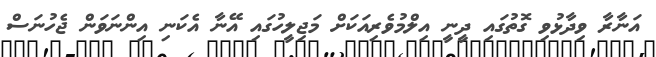
އަނާރާ ވިދާޅުވި ގޮތުގައި ދީނީ އިލްމުވެރިއަކަށް މަޖިލީހުގައި އޭނާ އެކަނި އިންނަވަން ޖެހުނަސް